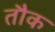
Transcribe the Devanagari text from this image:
तौक